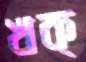
খক্‌